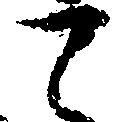
て